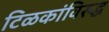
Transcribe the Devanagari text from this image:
टिळकांविरुद्ध